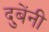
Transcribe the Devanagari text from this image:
दुबेंनी